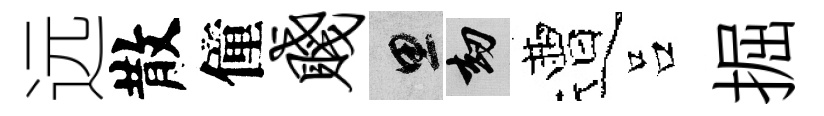
远散僮贱思劫遭吕掘